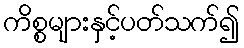
ကိစ္စများနှင့်ပတ်သက်၍